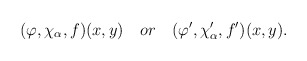
\begin{align*}(\varphi ,\chi _\alpha ,f)(x,y)\quad or\quad (\varphi ^{\prime },\chi_\alpha ^{\prime },f^{\prime })(x,y).\end{align*}